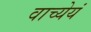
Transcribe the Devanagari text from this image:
वाच्येयं